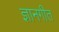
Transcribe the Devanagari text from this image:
ज्ञानगीत